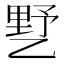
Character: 𰁍